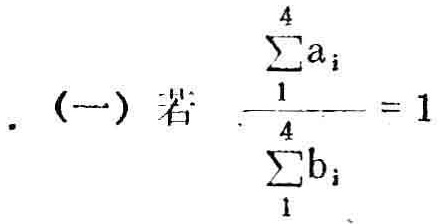
$. \text{（一）若 } \frac{\sum_{1}^{4} a_{i}}{\sum_{1}^{4} b_{i}} = 1$